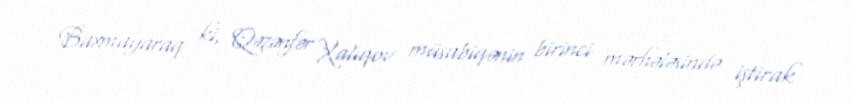
Baxmayaraq ki, Qəzənfər Xalıqov müsabiqənin birinci mərhələsində iştirak